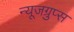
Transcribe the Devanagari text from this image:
न्यूजग्रुप्स